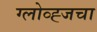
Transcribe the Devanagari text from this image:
ग्लोव्ह्जचा